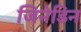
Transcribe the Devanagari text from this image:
जिनेडिन